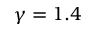
\gamma = 1 . 4